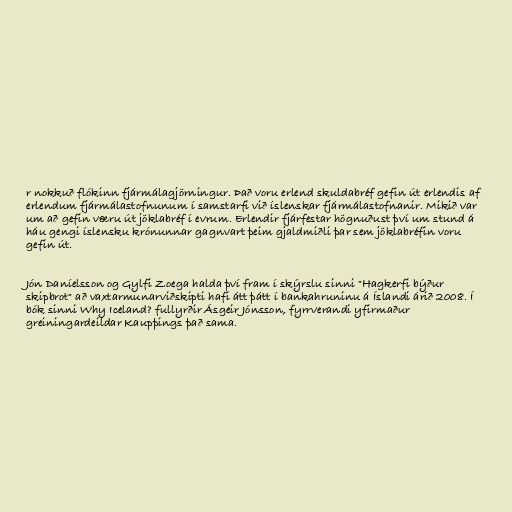
r nokkuð flókinn fjármálagjörningur. Það voru erlend skuldabréf gefin út erlendis af
erlendum fjármálastofnunum í samstarfi við íslenskar fjármálastofnanir. Mikið var
um að gefin væru út jöklabréf í evrum. Erlendir fjárfestar högnuðust því um stund á
háu gengi íslensku krónunnar gagnvart þeim gjaldmiðli þar sem jöklabréfin voru
gefin út.

Jón Daníelsson og Gylfi Zoega halda því fram í skýrslu sinni "Hagkerfi býður
skipbrot" að vaxtarmunarviðskipti hafi átt þátt í bankahruninu á Íslandi árið 2008. Í
bók sinni Why Iceland? fullyrðir Ásgeir Jónsson, fyrrverandi yfirmaður
greiningardeildar Kaupþings það sama.